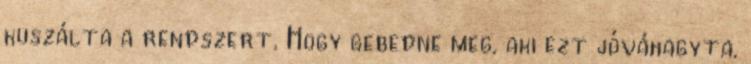
kuszálta a rendszert. Hogy gebedne meg, aki ezt jóváhagyta.